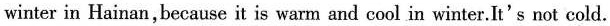
winter in Hainan,because it is warm and cool in winter.It's not cold.